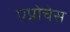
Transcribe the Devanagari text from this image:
एप्रोचेस